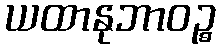
ယထာနုဘာဝဉ္စ